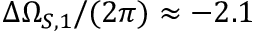
\Delta \Omega _ { S , 1 } / ( 2 \pi ) \approx - 2 . 1